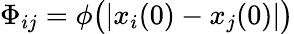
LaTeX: \Phi_{ij}=\phi\big(|x_{i}(0)-x_{j}(0)|\big)